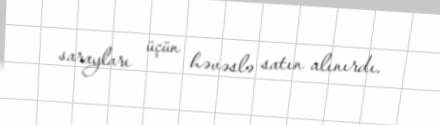
sarayları üçün həvəslə satın alınırdı.